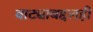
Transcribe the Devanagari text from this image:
वाट्याबद्दलही